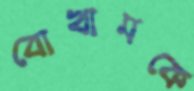
বোখামকে